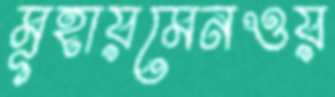
মূহায়মেনওয়